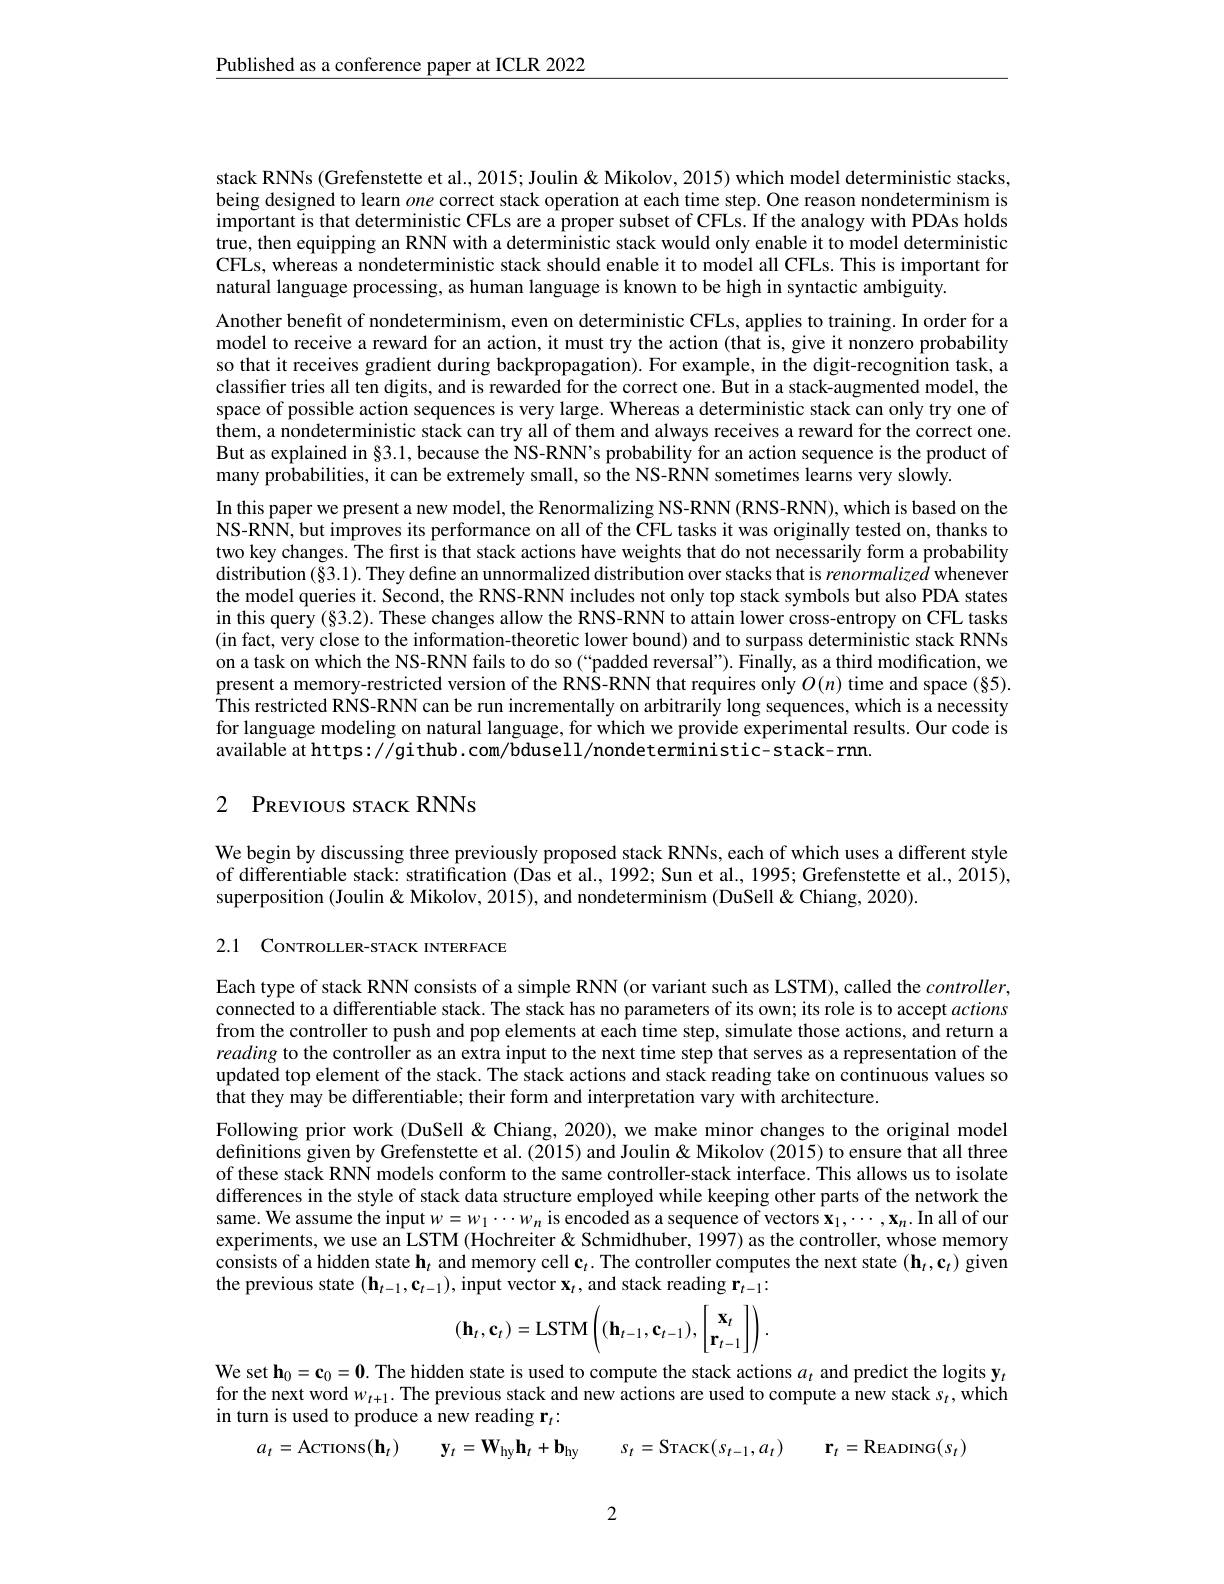
$\underline{\text{Published as a conference paper at ICLR 2022}}$

stack RNNs (Grefenstette et al., 2015; Joulin& Mikolov, 2015) which model deterministic stacks, being designed to learn one correct stack operation at each time step. One reason nondeterminism is important is that deterministic CFLs are a proper subset of CFLs. If the analogy with PDAs holds true, then equipping an RNN with a deterministic stack would only enable it to model deterministic CFLs, whereas a nondeterministic stack should enable it to model all CFLs. This is important for natural language processing, as human language is known to be high in syntactic ambiguity.

Another benefit of nondeterminism, even on deterministic CFLs, applies to training. In order for a model to receive a reward for an action, it must try the action (that is, give it nonzero probability so that it receives gradient during backpropagation). For example, in the digit-recognition task, a classifer tries all ten digits, and is rewarded for the correct one. But in a stack-augmented model, the space of possible action sequences is very large. Whereas a deterministic stack can only try one of them, a nondeterministic stack can try all of them and always receives a reward for the correct one. But as explained in§3.1, because the NS-RNN's probability for an action sequence is the product of many probabilities, it can be extremely small, so the NS-RNN sometimes learns very slowly.

In this paper we present a new model, the Renormalizing NS-RNN (RNS-RNN), which is based on the NS-RNN, but improves its performance on all of the CFL tasks it was originally tested on, thanks to two key changes. The first is that stack actions have weights that do not necessarily form a probability distribution (§3.1). They define an unnormalized distribution over stacks that is renormalized whenever the model queries it. Second, the RNS-RNN includes not only top stack symbols but also PDA states in this query (§3.2). These changes allow the RNS-RNN to attain lower cross-entropy on CFL tasks (in fact, very close to the information-theoretic lower bound) and to surpass deterministic stack RNNs on a task on which the NS-RNN fails to do so (“padded reversal”). Finally, as a third modification, we present a memory-restricted version of the RNS-RNN that requires only $O(n)$ time and space (§5). This restricted RNS-RNN can be run incrementally on arbitrarily long sequences, which is a necessity for language modeling on natural language, for which we provide experimental results. Our code is available at https: //gi thub. com/bdusell/nondeterministic- stack- rnn.

## 2 PREVIOUS STACK RNNs

We begin by discussing three previously proposed stack RNNs, each of which uses a different style of differentiable stack: stratification (Das et al., 1992; Sun et al., 1995; Grefenstette et al., 2015), superposition (Joulin & Mikolov, 2015), and nondeterminism (DuSell&Chiang, 2020).

2.1 CoNTROLLER-STACK INTERFACE

Each type of stack RNN consists of a simple RNN (or variant such as LSTM), called the $controller$, connected to a differentiable stack. The stack has no parameters of its own; its role is to accept actions from the controller to push and pop elements at each time step, simulate those actions, and return a reading to the controller as an extra input to the next time step that serves as a representation of the updated top element of the stack. The stack actions and stack reading take on continuous values so that they may be differentiable; their form and interpretation vary with architecture.
Following prior work (DuSell&Chiang, 2020), we make minor changes to the original model definitions given by Grefenstette et al. (2015) and Joulin& Mikolov (2015) to ensure that all three of these stack RNN models conform to the same controller-stack interface. This allows us to isolate differences in the style of stack data structure employed while keeping other parts of the network the same. We assume the input $w=w_1\cdots w_n$ is encoded as a sequence of vectors $\mathbf{x}_1,\cdots,\mathbf{x}_n.$ In all of our experiments, we use an LSTM (Hochreiter& Schmidhuber, 1997) as the controller, whose memory consists of a hidden state $\mathbf{h}_t$ and memory cell $\mathbf{c}_t.$ The controller computes the next state $(\mathbf{h}_t,\mathbf{c}_t)$ given the previous state $(\mathbf{h}_t-1,\mathbf{c}_{t-1})$, input vector $\mathbf{x}_t$, and stack reading $\mathbf{r}_t-1:$
$$(\mathbf{h}_t,\mathbf{c}_t)=\mathrm{LSTM}\left((\mathbf{h}_{t-1},\mathbf{c}_{t-1}),\begin{bmatrix}\mathbf{x}_t\\\mathbf{r}_{t-1}\end{bmatrix}\right).$$
We set $\mathbf{h}_0=\mathbf{c}_0=\mathbf{0}.$ The hidden state is used to compute the stack actions $\alpha_t$ and predict the logits y$_t$ for the next word $w_t+1.$ The previous stack and new actions are used to compute a new stack $s_t$,which in turn is used to produce a new reading r$_t:$
$s_{t}=$STACK$( s_t- 1, a_t)$ $\textbf{r}_t=$READING$(s_t)$
$a_{t}=$AcTIONS$( \mathbf{h} _t)$ $\mathbf{y} _t= \mathbf{W} _{\mathrm{hy}}\mathbf{h} _t+ \mathbf{b} _{\mathrm{hy}}$

2